Civil Veterinary Department. Central Provinces & Berar 1925-31 - 1925-1931
Year: 1925
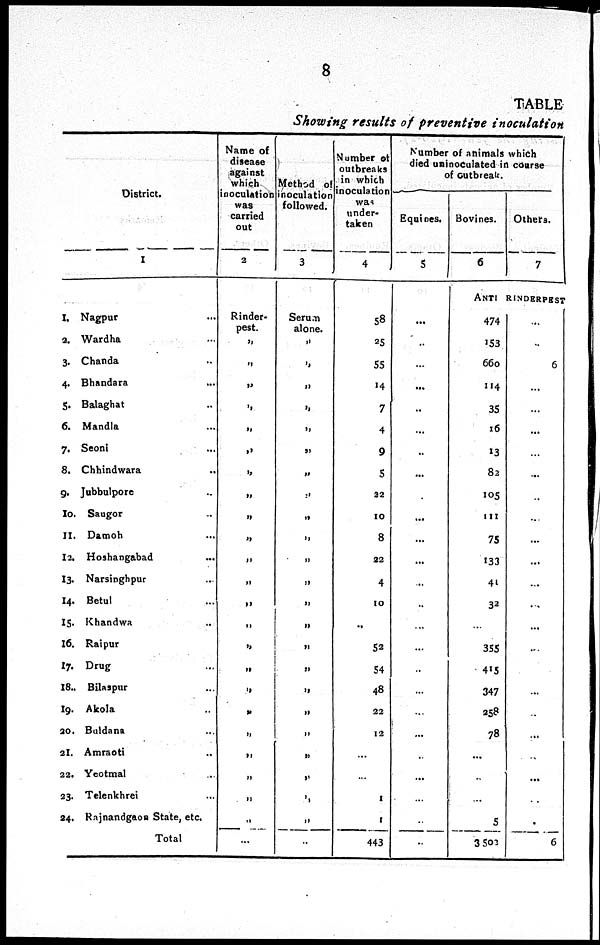
8
TABLE
Showing results of preventive inoculation
District.
1
1. Nagpur ...
2. Wardha ...
3. Chanda ...
4. Bhandara ...
5. Balaghat ...
6. Mandla ...
7. Seoni ...
8. Chhindwara ...
9. Jubbulpore ...
10. Saugor ...
11. Damoh ...
12. Hoshangabad ...
13. Narsinghpur ...
14. Betul ...
15. Khandwa ...
16. Raipur ...
17. Drug ...
18. Bilaspur ...
19. Akola ...
20. Buldana ...
21. Amraoti ...
22. Yeotmal ...
23. Telenkhrei ...
24. Rajnandgaon State, etc.
Total
Name of
disease
against
which
inoculation
was
carried
out
2
Rinder-
pest.
„
„
„
„
„
„
„
„
„
„
„
„
„
„
„
„
„
„
„
„
„
„
„
...
Method of
inoculation
followed.
3
Serum
alone.
„
„
„
„
„
„
„
„
„
„
„
„
„
„
„
„
„
„
„
„
„
„
„
..
Number of
outbreaks
in which
inoculation
was
under-
taken
4
58
25
55
14
7
4
9
5
22
10
8
22
4
10
...
52
54
48
22
12
...
...
1
1
443
Number of animals which
died uninoculated in course
of outbreak.
Equines.
5
...
...
...
...
..
...
..
...
...
...
...
...
...
...
...
...
...
...
...
...
...
...
...
...
...
Bovines.
6
Others.
7
ANTI RINDERPEST
474
153
660
114
35
16
13
82
105
111
75
133
41
32
...
355
415
347
258
78
...
...
...
5
3503
...
...
6
...
...
...
...
...
...
...
...
...
...
...
...
...
...
...
...
...
...
...
...
..
6